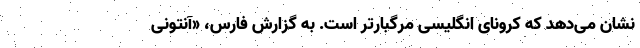
نشان می‌دهد که کرونای انگلیسی مرگبارتر است. به گزارش فارس، «آنتونی